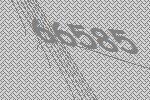
66585